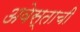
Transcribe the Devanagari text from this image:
अवेस्ताची